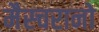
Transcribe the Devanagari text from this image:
मैस्चरानो